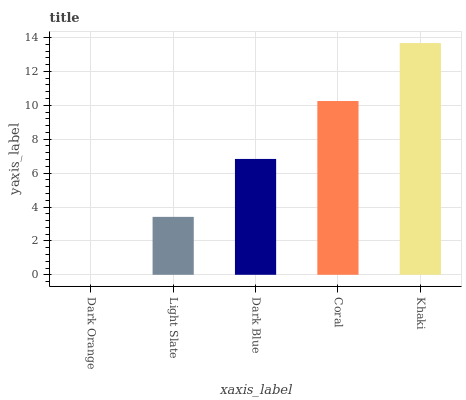
| xaxis_label | bars |
 | --- | --- |
 | Dark Orange | 0 |
 | Light Slate | 3.42 |
 | Dark Blue | 6.84 |
 | Coral | 10.3 |
 | Khaki | 13.7 |